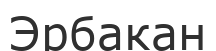
Эрбакан